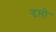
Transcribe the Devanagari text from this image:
दृप्तो